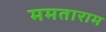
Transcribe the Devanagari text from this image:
ममताराम